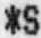
*S